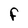
Character: F